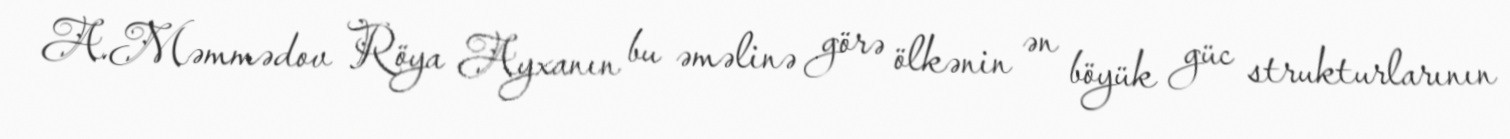
A.Məmmədov Röya Ayxanın bu əməlinə görə ölkənin ən böyük güc strukturlarının